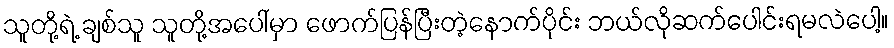
သူတို့ရဲ့ ချစ်သူ သူတို့အပေါ်မှာ ဖောက်ပြန်ပြီးတဲ့နောက်ပိုင်း ဘယ်လိုဆက်ပေါင်းရမလဲပေါ့။